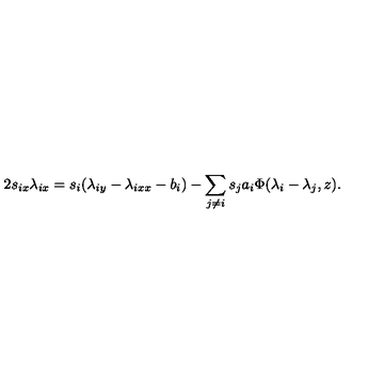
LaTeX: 2 s _ { i x } \lambda _ { i x } = s _ { i } ( \lambda _ { i y } - \lambda _ { i x x } - b _ { i } ) - \sum _ { j \ne i } s _ { j } a _ { i } \Phi ( \lambda _ { i } - \lambda _ { j } , z ) .